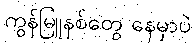
ကွန်မြူနစ်တွေ နေမှာပဲ